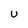
Character: U